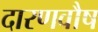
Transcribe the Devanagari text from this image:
दारणवौष